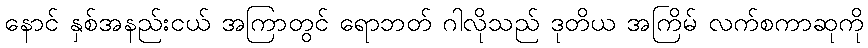
နောင် နှစ်အနည်းငယ် အကြာတွင် ရောဘတ် ဂါလိုသည် ဒုတိယ အကြိမ် လက်စကာဆုကို